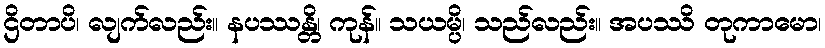
ဌိတာပိ၊ လျက်လည်း။ နပဿန္တိ၊ ကုန်။ သယမ္ပိ၊ သည်လည်း။ အပဿိ တုကာမော၊